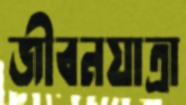
জীবনযাত্রা